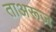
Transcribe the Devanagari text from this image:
ताअरूज़